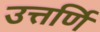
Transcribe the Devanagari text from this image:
उत्तर्णि